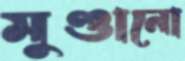
মুণ্ডানো